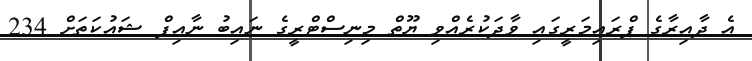
އެ ދާއިރާގެ ޕްރައިމަރީގައި ވާދަކުރެއްވި ޔޫތް މިނިސްޓްރީގެ ނައިބު ނާއިފް ޝައުކަތަށް 234